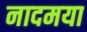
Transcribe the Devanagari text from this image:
नादमया